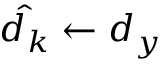
\hat { d _ { k } } \gets d _ { y }